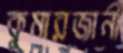
কুমারজানী